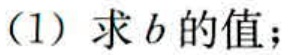
(1) 求\(b\)的值；